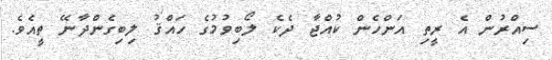
ސިއްރުން އެ ރީތި އަންހެން ކުއްޖާ ދެކެ ލޯބިވުމުގެ ހައްޤު ލިބިގެންދާނޭ ތީއެވެ.